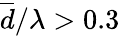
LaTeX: \overline{{d}}/\lambda>0.3